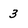
Character: 3